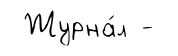
Журна́л -